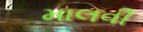
માલવી